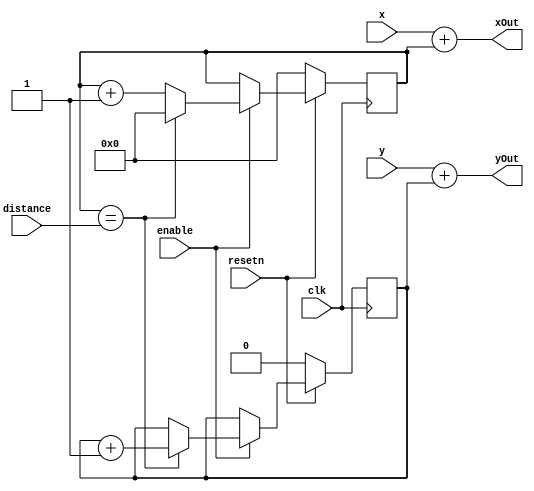
module horizontalLine(x, y, distance, clk, enable, resetn, xOut, yOut);
	input [4:0] x, y, distance;
	input clk, enable, resetn;
	output [4:0] xOut, yOut;
	
	reg ycounter;
	reg [4:0] xcounter;
	
	always @(posedge clk)
	begin
		if (resetn == 0)
			begin
				xcounter <= 0;
				ycounter <= 0;
			end	
		else if (enable == 1'b1)
			begin
				if (xcounter == distance)
					begin
						xcounter <= 0;
						ycounter <= ycounter + 1;
					end
				else 
					xcounter <= xcounter + 1;
			end
	end
	
	assign xOut = x + xcounter;
	assign yOut = y + ycounter;
endmodule